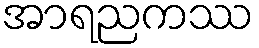
အာရညကဿ